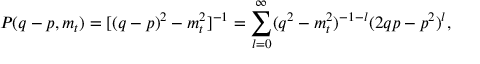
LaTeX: P ( q - p , m _ { t } ) = [ ( q - p ) ^ { 2 } - m _ { t } ^ { 2 } ] ^ { - 1 } = \sum _ { l = 0 } ^ { \infty } ( q ^ { 2 } - m _ { t } ^ { 2 } ) ^ { - 1 - l } ( 2 q p - p ^ { 2 } ) ^ { l } ,